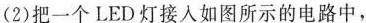
(2)把一个LED灯接人如图所示的电路中，